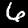
Digit: 6